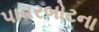
પાવરબોટના